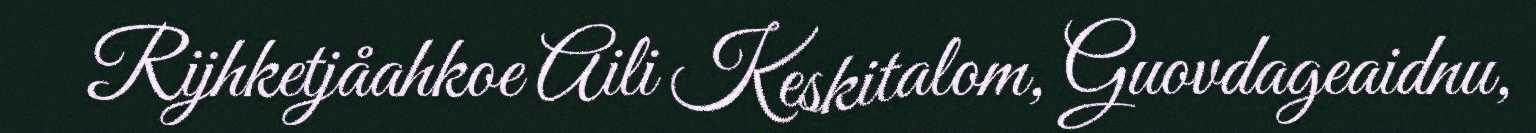
Rijhketjåahkoe Aili Keskitalom, Guovdageaidnu,